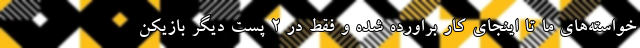
خواسته‌های ما تا اینجای کار براورده شده و فقط در 2 پست دیگر بازیکن